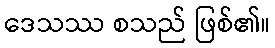
ဒေသဿ စသည် ဖြစ်၏။